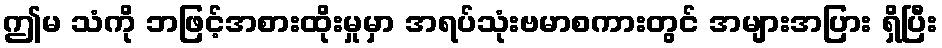
ဤမ သံကို ဘဖြင့်အစားထိုးမှုမှာ အရပ်သုံးဗမာစကားတွင် အများအပြား ရှိပြီး